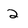
Character: 2